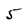
Character: 5